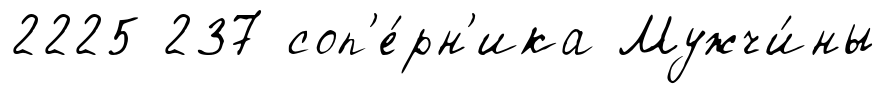
2225 237 соп'е́рн'ика Мужчи́ны